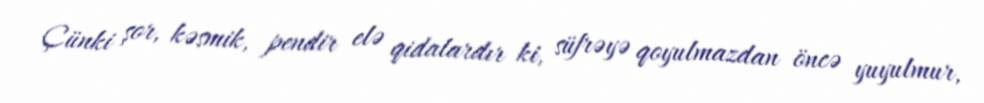
Çünki şor, kəsmik, pendir elə qidalardır ki, süfrəyə qoyulmazdan öncə yuyulmur,